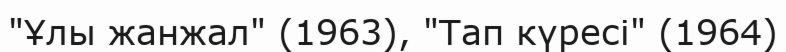
"Ұлы жанжал" (1963), "Тап күресі" (1964)